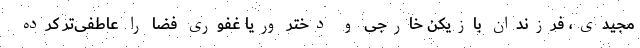
مجیدی، فرزندان بازیکن خارجی و دختر وریا غفوری فضا را عاطفی‌تر کرده